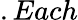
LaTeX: .Each